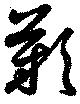
歎